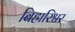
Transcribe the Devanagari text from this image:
बिहारिश्वर